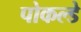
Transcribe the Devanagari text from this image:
पोकल्डे